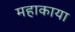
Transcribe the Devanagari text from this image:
महाकाया